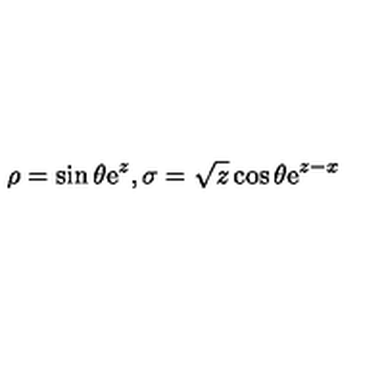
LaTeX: \rho = { \sin \theta } \mathrm { e } ^ { z } , \sigma = { \sqrt { z } } \cos \theta \mathrm { e } ^ { z - x }